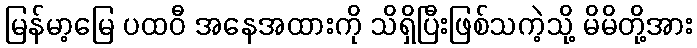
မြန်မာ့မြေ ပထဝီ အနေအထားကို သိရှိပြီးဖြစ်သကဲ့သို့ မိမိတို့အား